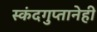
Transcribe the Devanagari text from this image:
स्कंदगुप्तानेही